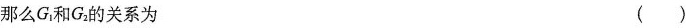
那么G_{1} 和G_{2} 的关系为 ()